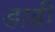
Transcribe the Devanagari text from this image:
डाब्री